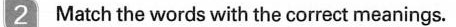
2Match the words with the correct meanings.